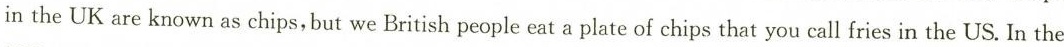
in the UK are known as chips, but we British people eat a plate of chips that you call fries in the US. In the